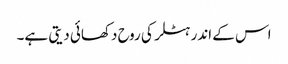
اس کے اندر ہٹلر کی روح دکھائی دیتی ہے۔